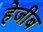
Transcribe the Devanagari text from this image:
हेजीब